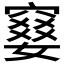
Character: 𫁙